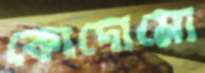
কোদোমো